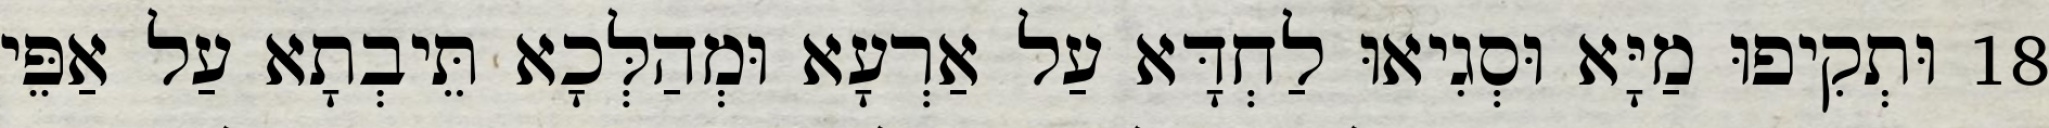
18 וּתְקִיפוּ מַיָּא וּסְגִיאוּ לַחְדָּא עַל אַרְעָא וּמְהַלְּכָא תֵּיבְתָא עַל אַפֵּי